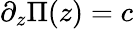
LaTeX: \partial_{z}\Pi(z)=c